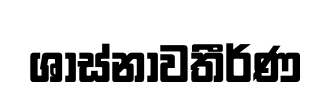
ශාස්නාවතීර්ණ